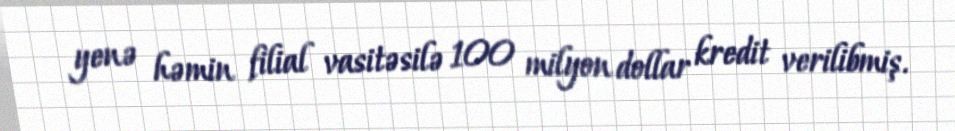
yenə həmin filial vasitəsilə 100 milyon dollar kredit verilibmiş.